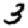
Digit: 3